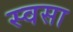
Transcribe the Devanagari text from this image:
स्वसा